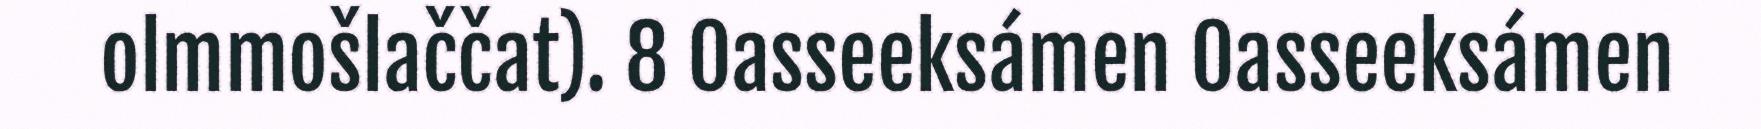
olmmošlaččat). 8 Oasseeksámen Oasseeksámen